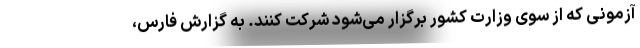
آزمونی که از سوی وزارت کشور برگزار می‌شود شرکت کنند. به گزارش فارس،